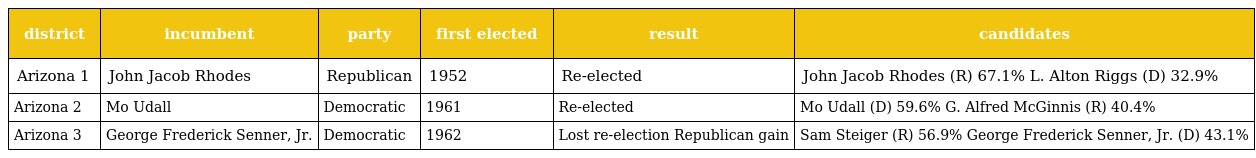
| district | incumbent | party | first elected | result | candidates |
 | --- | --- | --- | --- | --- | --- |
 | Arizona 1 | John Jacob Rhodes | Republican | 1952 | Re-elected | John Jacob Rhodes (R) 67.1% L. Alton Riggs (D) 32.9% |
 | Arizona 2 | Mo Udall | Democratic | 1961 | Re-elected | Mo Udall (D) 59.6% G. Alfred McGinnis (R) 40.4% |
 | Arizona 3 | George Frederick Senner, Jr. | Democratic | 1962 | Lost re-election Republican gain | Sam Steiger (R) 56.9% George Frederick Senner, Jr. (D) 43.1% |